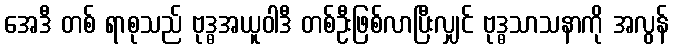
အေဒီ တစ် ရာစုသည် ဗုဒ္ဓအယူဝါဒီ တစ်ဦးဖြစ်လာပြီးလျှင် ဗုဒ္ဓသာသနာကို အလွန်